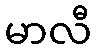
မာလီ